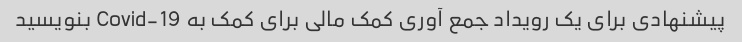
پیشنهادی برای یک رویداد جمع آوری کمک مالی برای کمک به Covid-19 بنویسید